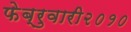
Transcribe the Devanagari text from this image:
फेब्रुवारी२०१०